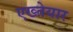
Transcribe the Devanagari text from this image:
एख्तेयार